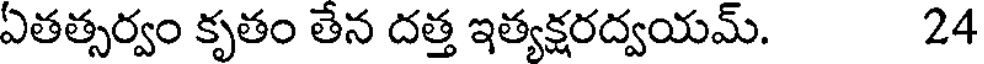
ఏతత్సర్వం కృతం తేన దత్త ఇత్యక్షరద్వయమ్. 24